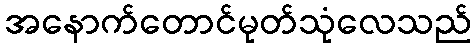
အနောက်တောင်မုတ်သုံလေသည်